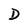
Character: D